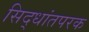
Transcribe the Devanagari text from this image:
सिद्धांतपरक